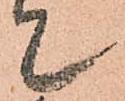
て